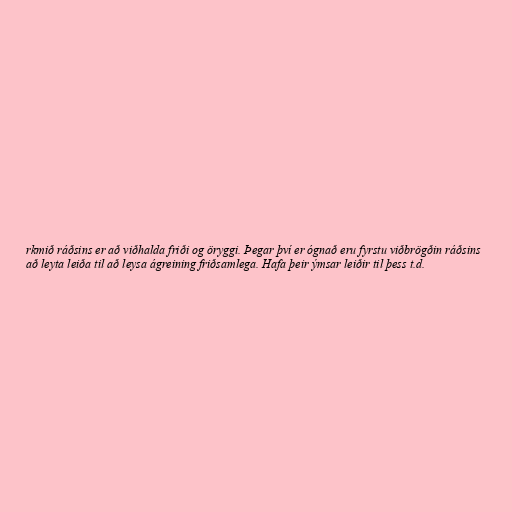
rkmið ráðsins er að viðhalda friði og öryggi. Þegar því er ógnað eru fyrstu viðbrögðin ráðsins
að leyta leiða til að leysa ágreining friðsamlega. Hafa þeir ýmsar leiðir til þess t.d.